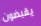
يقبضون